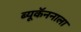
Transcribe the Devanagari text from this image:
ब्यूकॅननाला